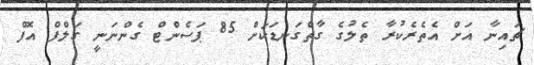
ޗައިނާ އަށް އެތެރެކުރާ ތެލުގެ ގާތްގަނޑަކަށް 85 ޕަސެންޓް ގެންނަނީ ގަލްފް އޮފް